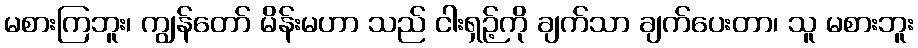
မစားကြဘူး၊ ကျွန်တော် မိန်းမဟာ သည် ငါးရှဉ့်ကို ချက်သာ ချက်ပေးတာ၊ သူ မစားဘူး